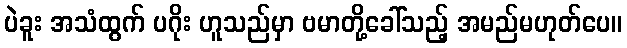
ပဲခူး အသံထွက် ပဂိုး ဟူသည်မှာ ဗမာတို့ခေါ်သည့် အမည်မဟုတ်ပေ။